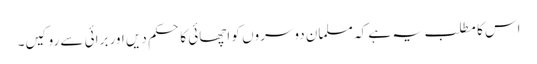
اس کا مطلب یہ ہے کہ مسلمان دوسروں کو اچھائی کا حکم دیں اور برائی سے روکیں۔